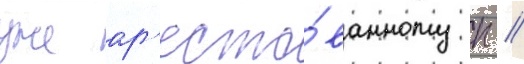
уже ар'есто́ванному п //